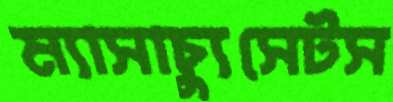
ম্যাসাচ্যুসেটস